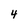
Character: 4